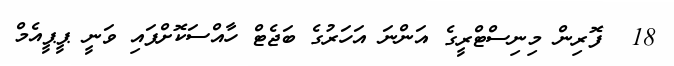
18  ފޮރިން މިނިސްޓްރީގެ އަންނަ އަހަރުގެ ބަޖެޓް ހާއްސަކޮށްފައި ވަނީ ޕީޕީއެމް